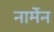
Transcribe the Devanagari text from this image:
नार्मेन